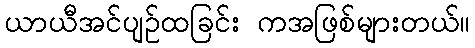
ယာယီအင်ပျဉ်ထခြင်း ကအဖြစ်များတယ်။